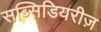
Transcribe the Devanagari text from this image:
सब्सिडियरीज़